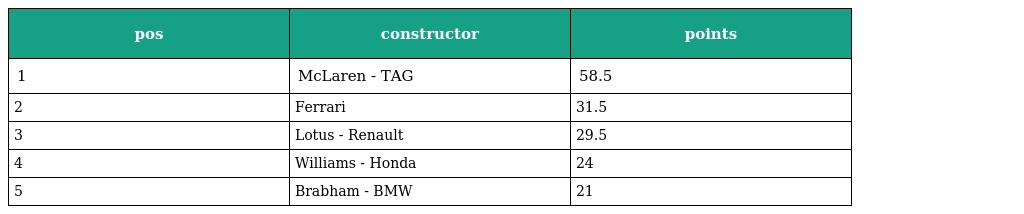
| pos | constructor | points |
 | --- | --- | --- |
 | 1 | McLaren - TAG | 58.5 |
 | 2 | Ferrari | 31.5 |
 | 3 | Lotus - Renault | 29.5 |
 | 4 | Williams - Honda | 24 |
 | 5 | Brabham - BMW | 21 |